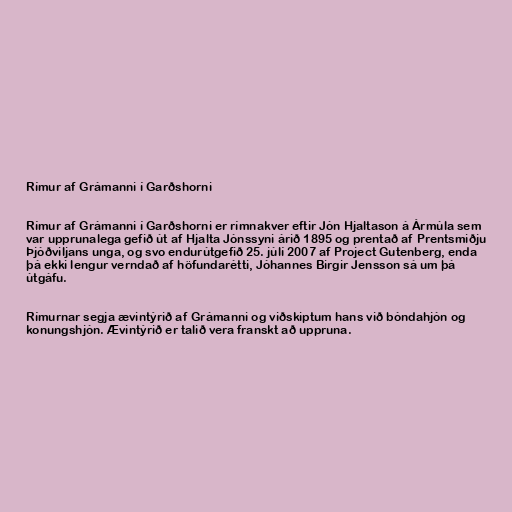
Rímur af Grámanni í Garðshorni

Rímur af Grámanni í Garðshorni er rímnakver eftir Jón Hjaltason á Ármúla sem
var upprunalega gefið út af Hjalta Jónssyni árið 1895 og prentað af Prentsmiðju
Þjóðviljans unga, og svo endurútgefið 25. júlí 2007 af Project Gutenberg, enda
þá ekki lengur verndað af höfundarétti, Jóhannes Birgir Jensson sá um þá
útgáfu.

Rímurnar segja ævintýrið af Grámanni og viðskiptum hans við bóndahjón og
konungshjón. Ævintýrið er talið vera franskt að uppruna.